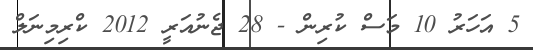
5 އަހަރު 10 މަސް ކުރިން - 28 ޖެނުއަރީ 2012 ކްރިމިނަލް